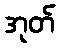
အုတ်